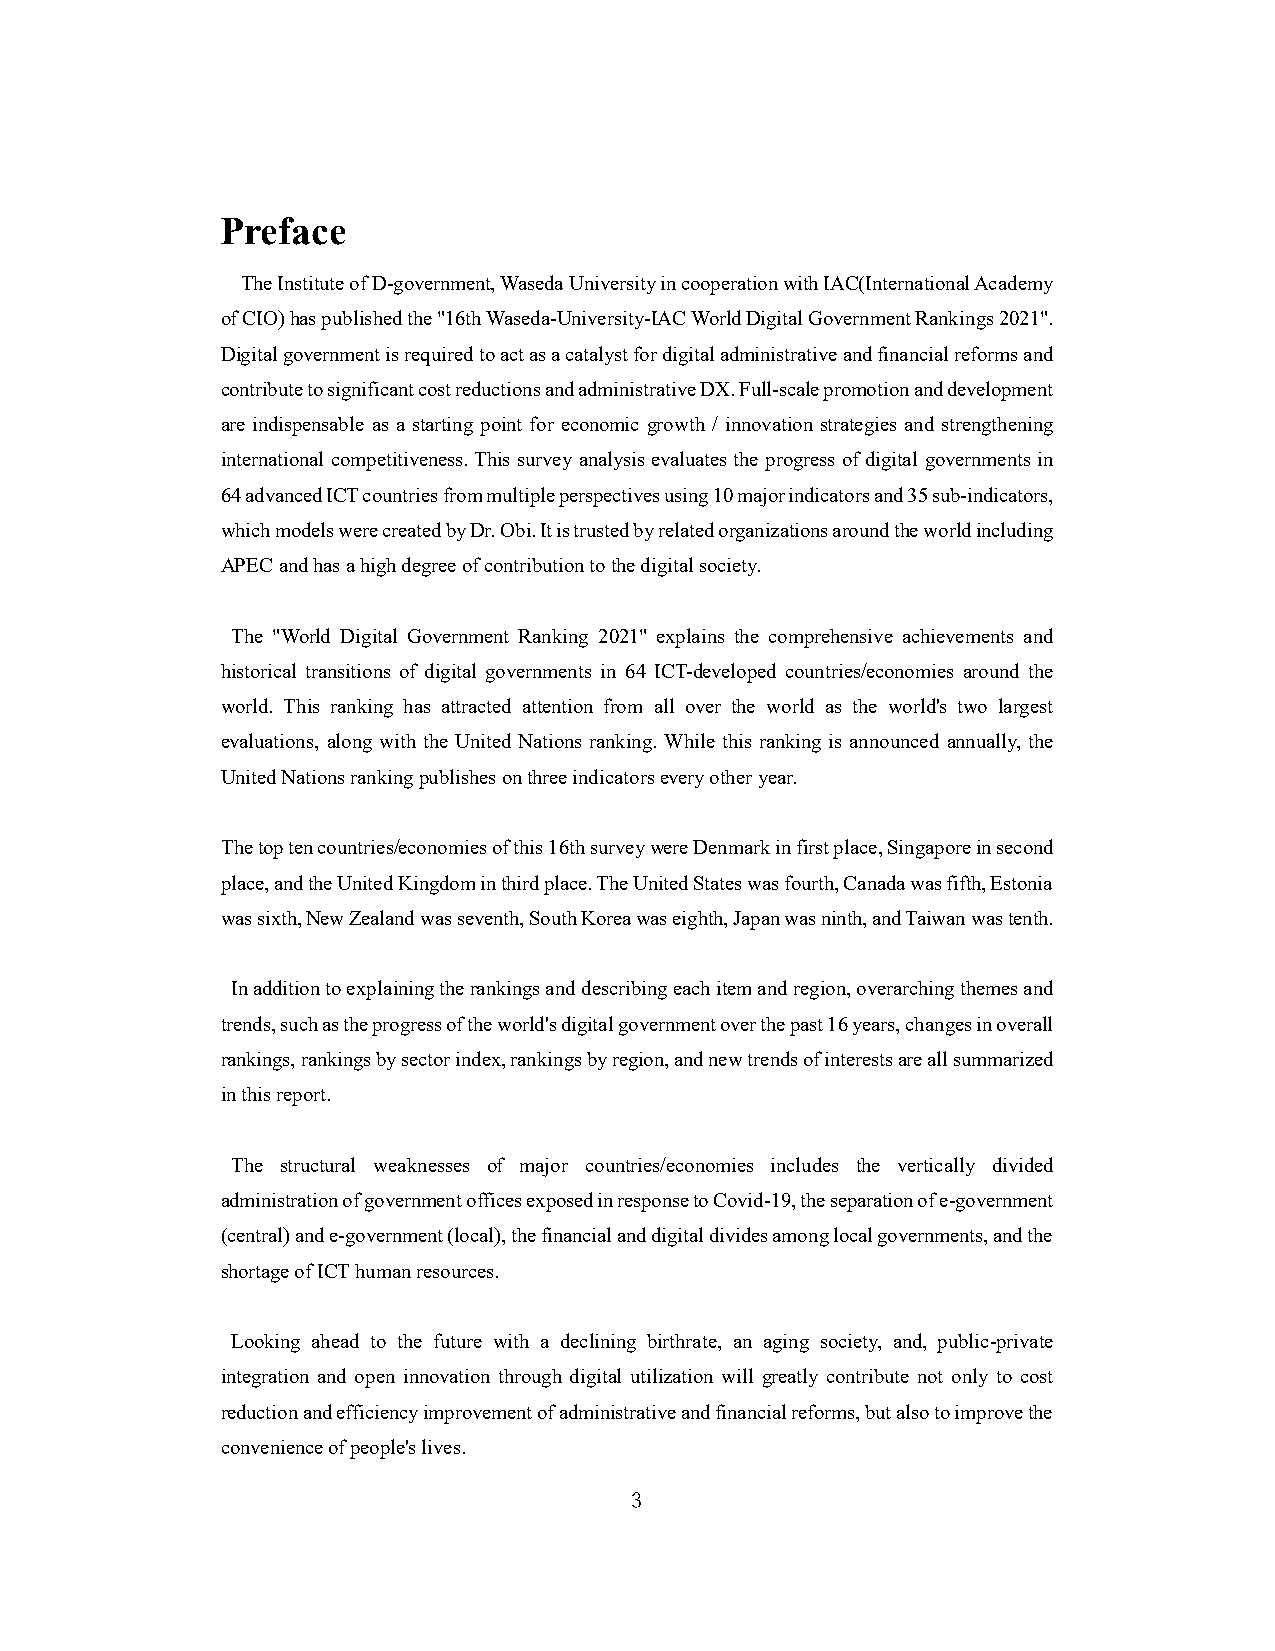
Preface
 The Institute of D-government, Waseda University in cooperation with IAC(International Academy
 of CIO) has published the "16th Waseda-University-IAC World Digital Government Rankings 2021".
 Digital government is required to act as a catalyst for digital administrative and financial reforms and
 contribute to significant cost reductions and administrative DX. Full-scale promotion and development
 are indispensable as a starting point for economic growth / innovation strategies and strengthening
 international competitiveness. This survey analysis evaluates the progress of digital governments in
 64 advanced ICT countries from multiple perspectives using 10 major indicators and 35 sub-indicators,
 which models were created by Dr. Obi. It is trusted by related organizations around the world including
 APEC and has a high degree of contribution to the digital society.
 The "World Digital Government Ranking 2021" explains the comprehensive achievements and
 historical transitions of digital governments in 64 ICT-developed countries/economies around the
 world. This ranking has attracted attention from all over the world as the world's two largest
 evaluations, along with the United Nations ranking. While this ranking is announced annually, the
 United Nations ranking publishes on three indicators every other year.
 The top ten countries/economies of this 16th survey were Denmark in first place, Singapore in second
 place, and the United Kingdom in third place. The United States was fourth, Canada was fifth, Estonia
 was sixth, New Zealand was seventh, South Korea was eighth, Japan was ninth, and Taiwan was tenth.
 In addition to explaining the rankings and describing each item and region, overarching themes and
 trends, such as the progress of the world's digital government over the past 16 years, changes in overall
 rankings, rankings by sector index, rankings by region, and new trends of interests are all summarized
 in this report.
 The structural weaknesses of major countries/economies includes the vertically divided
 administration of government offices exposed in response to Covid-19, the separation of e-government
 (central) and e-government (local), the financial and digital divides among local governments, and the
 shortage of ICT human resources.
 Looking ahead to the future with a declining birthrate, an aging society, and, public-private
 integration and open innovation through digital utilization will greatly contribute not only to cost
 reduction and efficiency improvement of administrative and financial reforms, but also to improve the
 convenience of people's lives.
 3